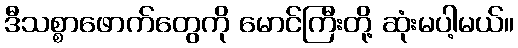
ဒီသစ္စာဖောက်တွေကို မောင်ကြီးတို့ ဆုံးမပါ့မယ်။